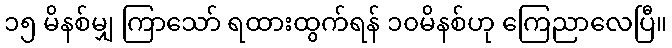
၁၅ မိနစ်မျှ ကြာသော် ရထားထွက်ရန် ၁၀မိနစ်ဟု ကြေညာလေပြီ။